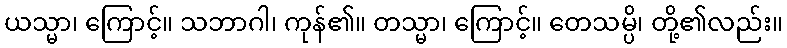
ယသ္မာ၊ ကြောင့်။ သဘာဂါ၊ ကုန်၏။ တသ္မာ၊ ကြောင့်။ တေသမ္ပိ၊ တို့၏လည်း။